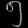
Digit: ၅